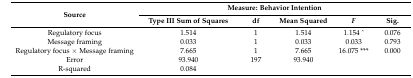
| <ROWSPAN=2> Source | <COLSPAN=5> Measure: Behavior Intention |
 | Type III Sum of Squares | df | Mean Squared | F | Sig. |
 | --- | --- | --- | --- | --- | --- |
 | Regulatory focus | 1.514 | 1 | 1.514 | 1.154 ^ | 0.076 |
 | Message framing | 0.033 | 1 | 0.033 | 0.033 | 0.793 |
 | Regulatory focus × Message framing | 7.665 | 1 | 7.665 | 16.075 *** | 0.000 |
 | Error | 93.940 | 197 | 93.940 |  |  |
 | R-squared | 0.084 |  |  |  |  |